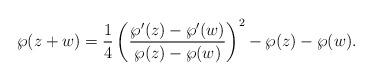
LaTeX: \begin{align*}\wp(z+w)=\frac{1}{4}\left(\frac{\wp'(z)-\wp'(w)}{\wp(z)-\wp(w)}\right)^2-\wp(z)-\wp(w).\end{align*}